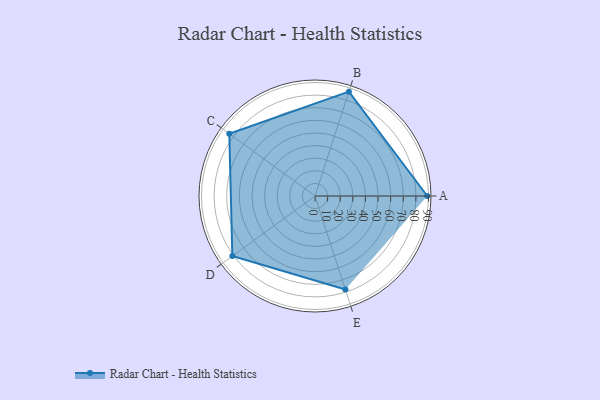
{"axis": {"x": "Skill", "y": "Score"}, "legend": ["Profile"], "data": [{"x": "A", "y": 89.0, "type": "Profile"}, {"x": "B", "y": 87.0, "type": "Profile"}, {"x": "C", "y": 84.0, "type": "Profile"}, {"x": "D", "y": 81.0, "type": "Profile"}, {"x": "E", "y": 78.0, "type": "Profile"}]}